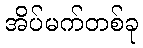
အိပ်မက်တစ်ခု